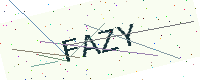
Text: FAZY